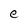
Character: e